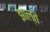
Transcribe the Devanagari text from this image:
झाल्तं